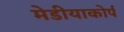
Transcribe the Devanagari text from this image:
मेडीयाकोर्प